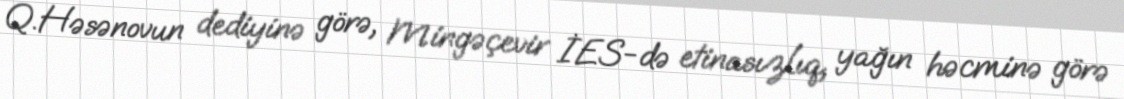
Q.Həsənovun dediyinə görə, Mingəçevir İES-də etinasızlıq, yağın həcminə görə